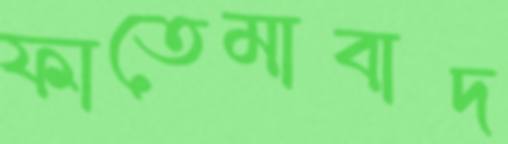
ফাতেমাবাদ